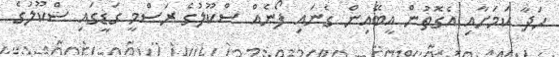
ހަދާ ކަމަށާއި އެގޮތުން އީބޭއިން ގެނައި ފޯނެއް ސްކޫލުގެ ރަސްމީ ގަޑީގައި ސްކޫލުގެ